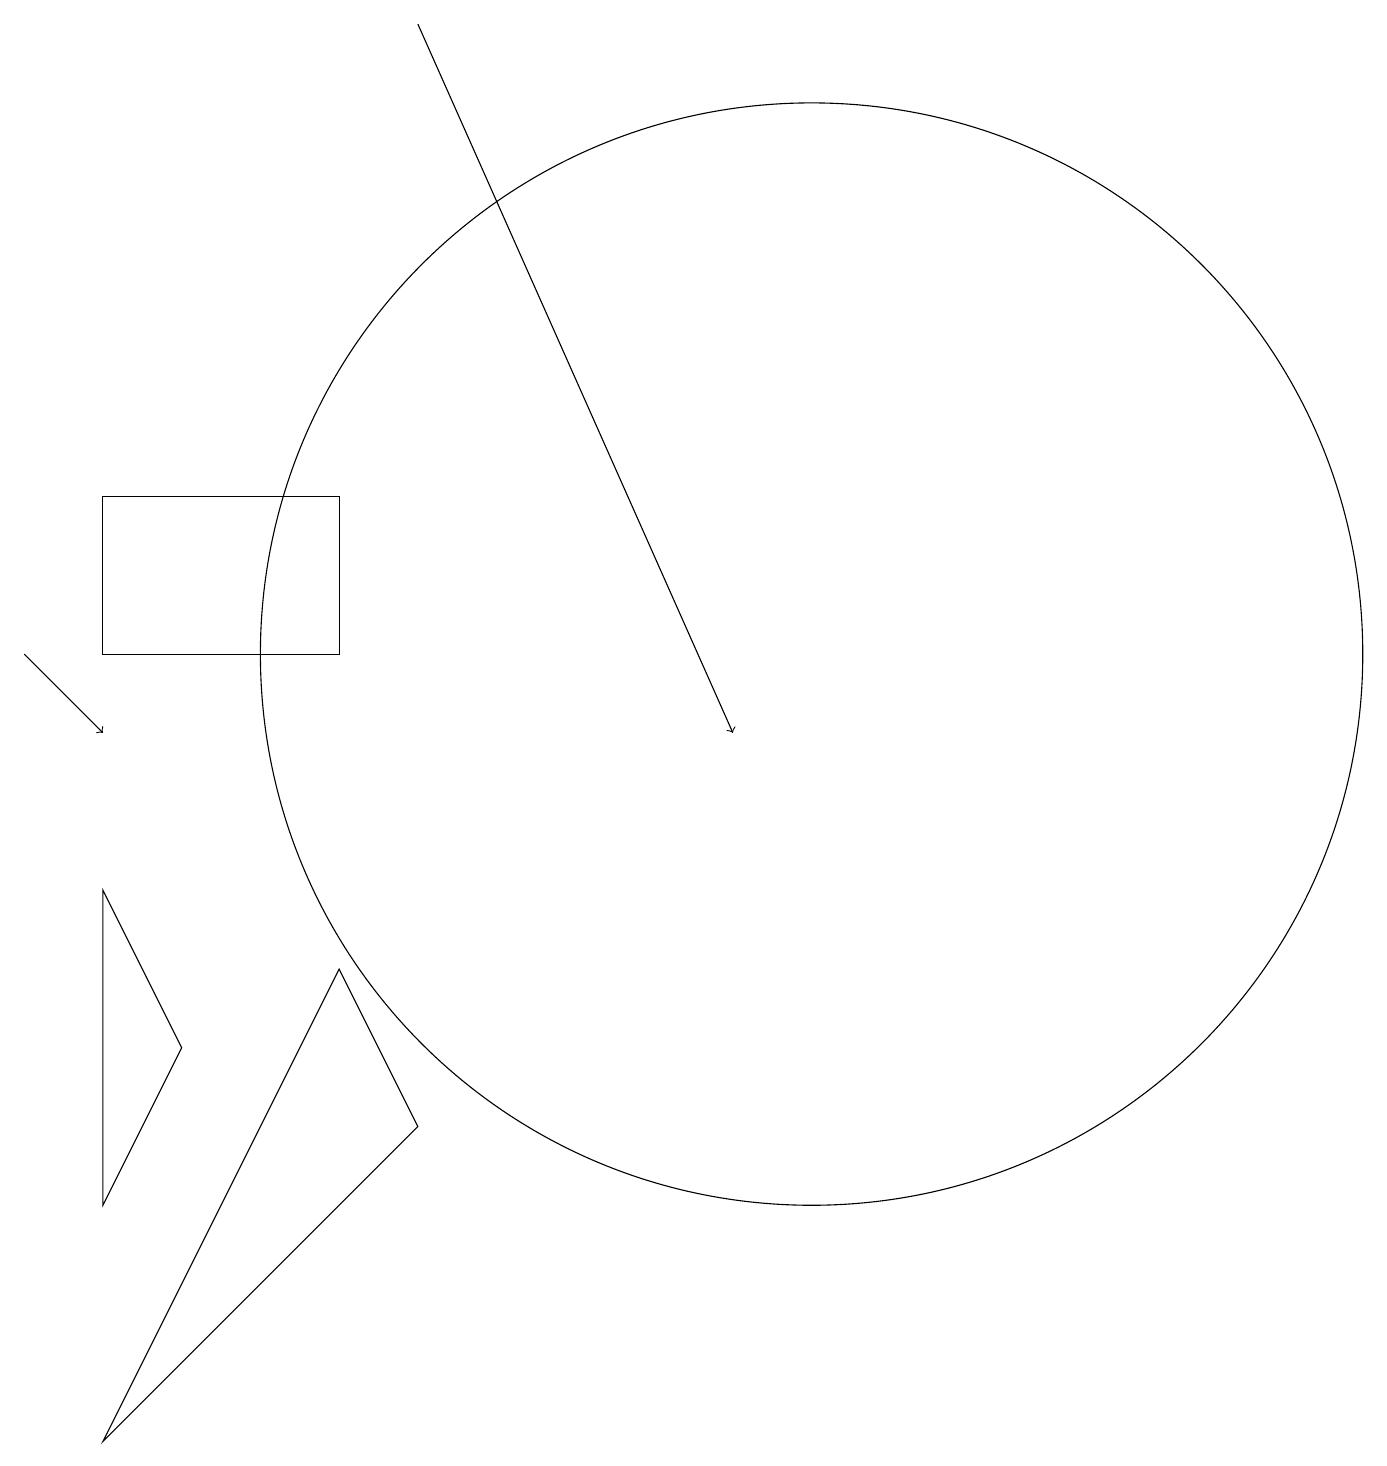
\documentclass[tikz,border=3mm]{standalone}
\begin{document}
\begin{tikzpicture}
\draw (10,11) circle (7);
\draw[->] (0,11) -- (1,10);
\draw (1,8) -- (2,6) -- (1,4) -- cycle;
\draw[->] (5,19) -- (9,10);
\draw (4,7) -- (1,1) -- (5,5) -- cycle;
\draw (1,11) rectangle (4,13);
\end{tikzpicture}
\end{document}